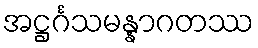
အဋ္ဌင်္ဂသမန္နာဂတဿ